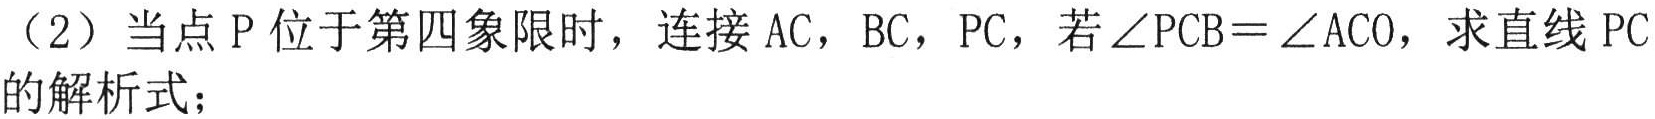
（2）当点 P 位于第四象限时，连接 AC，BC，PC，若$\angle PCB=\angle ACO$，求直线 PC的解析式；